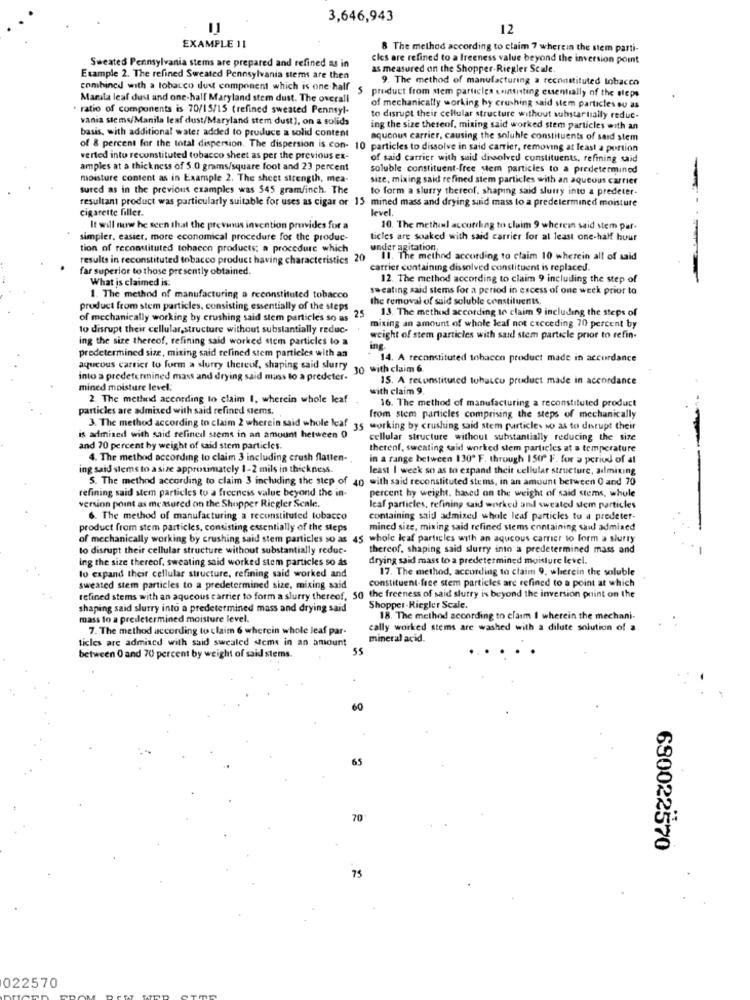
3,646,943
12
EXAMPLE 11
8 The method according to claim 7 wherein the stem parti-
Sweated Pennsylvania stems are prepared and refined as in
cles are refined to a freeness value beyond the inversion point
as measured on the Shopper-Riegler Scale
Example 2. The refined Sweated Pennsylvania stems are then
9. The method of manufacturing a reconstituted tobacco
combined with a tobacco dust component which is one half
S
product from stem particles consisting essentially of the steps
Marsla leaf dust and one-half Maryland stem dust. The overall
* ratio of components is 70/15/15 (refined sweated Pennsyl-
of mechanically working hy crushing said stem particles ou as
vania stems/Manila leaf dust/Maryland stem dust), on a solids
to disrupt their cellular structure without substantially reduc-
basis, with additional water added to produce a solid content
ing the size thereof, mixing said worked stem particles with an
aqueous carrier, causing the soluble constituents of sard stem
of 8 percent for the total dispersion. The dispersion is con- 10 particles to dissolve in said carrier, removing at least a portion
verted into reconstituted tobacco sheet as per the previous ex-
of said carrier with said dissolved constituents, refining said
amples at a thickness of 5.0 grams/square foot and 23 percent
soluble constituent-free stem particles to a predetermined
moisture content as in Example 2. The sheet strength, mea-
size, mixing said refined stem particles with an aqueous carrier
sured as in the previous examples was 545 gram/inch. The
to form a slurry thereof. shaping said slurry into a predeter-
resultant product was particularly suitable for uses as cigar or 15
mined mass and drying suid mass to a predetermined moisture
cigarette filler.
level.
It will now be seen that the pre vanus invention provides for a
10. "The methinl according to claim 9 wherein said stem par-
simpler. easier, more economical procedure for the produc-
ticles are soaked with said carrier for at least one-half hour
tion of reconstituted tobacco products; a procedure which
under agitation.
results in reconstituted tobacco product having characteristics
20
II. The method according to claim 10 wherein all of said
far superior to those presently obtained.
carrier containing dissolved constituent is replaced.
What is claimed is:
12. The method according to claim 9 including the step of
sweating said stems for a period in excess of one week prior to
1. The method of manufacturing a reconstituted tobacco
the removal of said soluble constituents.
product from stem particles, consisting essentially of the steps
25
13. The method according to claim 9 including the steps of
of mechanically working by crushing said stem particles so as
to disrupt their cellular,structure without substantially reduc-
mixing an amount of whole leaf not creceding 70 percent by
ing the size thereof, refining said worked stem particles to
weight of stem particles with said stem particle prior to refin-
ing.
predetermined size, mixing said refined stem particles with an
14. A reconstituted tobacco product made in accordance
aqueous carrier to form a slurry thereof, shaping said slurry go with claim 6
into a predetermined mass and drying said muss to a predeter.
15. A reconstituted tobacco pruduct made in accordance
mined moisture level:
with claim 9.
2. The methed according to claim 1, wherein whole leaf
16. The method of manufacturing a reconstituted product
particles are admixed with said refined stems.
from stem particles comprising the steps of mechanically
3. The method according to claim 2 wherein said whole leaf 3
35 working by crushing said stem particles so as to disrupt their
is admined with said refined stems in an amount hetween 0
cellular structure without substantially reducing the size
and 70 percent by weight of said stem particles.
thereof, sweating said worked stem particles at a temperature
4. The method according to claim 3 including crush flatten-
in a range between 130º F. through 1 St F. for a period of al
ing said stems to a size approximately 1-2 mils in thickness.
least I week so as to expand their cellular structure, admiting
S. The method according to claim 3 including the step of 40 with said reconstituted stems, in an amount between 0 and 70
refining said stem particles to a freeness value beyond the in-
percent by weight. based on the weight of said stems, whole
version point as measured on the Shopper Riegler Scale.
leaf particles, refining said worked and sweated sem particles
6. The method of manufacturing a reconstituted tobacco
containing said admixed whole leaf particles to a predeter-
product from stem particles, consisting essentially of the steps
mined size, mixing said refined stems containing saul admiaed
of mechanically working by crushing said stem particles so as
whole leaf particles with an aqueous carrier to form a slurry
to disrupt their cellular structure without substantially reduc-
thereof, shaping said slutty into a predetermined mass and
ing the size thereof, sweating said worked stem particles so as
drying said mass to a predetermined moisture level.
17. The method, according to claim 9, wherein the soluble
to expand their cellular structure, refining said worked and
constituent-free stem particles are refined to a point at which
sweated stem particles to a predetermined size, mixing said
refined stems with an aqueous carrier to form a slurry thereof, 50 the freeness of said slutry is beyond the inversion print on the
shaping said slutry into a predetermined mass and drying said
Shopper-Riegler Scale.
mass to a predetermined moisture level.
18. The method according to claim I wherein the mechani-
7. The method according to claim 6 wherein whole leaf par-
cally worked stems are washed with a dilute solution of a
ticles are admixed with said swealed stems in an amount
mineral acid.
between 0 and 70 percent by weight of said stems.
60
65
70
680022570
75
022570